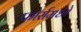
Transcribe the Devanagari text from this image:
फोर्समध्ये